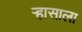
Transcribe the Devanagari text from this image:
ऱ्हासाला